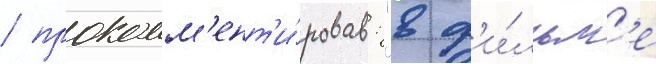
/ прокомм'ент'и́ровав: "в ф'и́льм'е